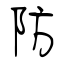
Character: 防